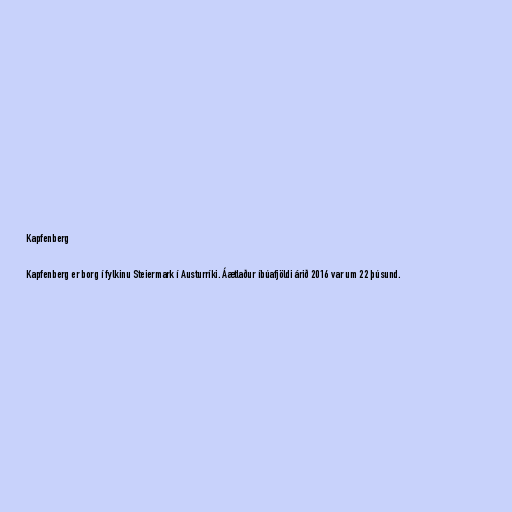
Kapfenberg

Kapfenberg er borg í fylkinu Steiermark í Austurríki. Áætlaður íbúafjöldi árið 2016 var um 22 þúsund.